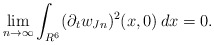
\begin{align*}\lim_{n\to\infty}\int_{R^6}(\partial_tw_{Jn})^2(x,0)\,dx=0.\end{align*}